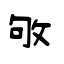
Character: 敂